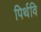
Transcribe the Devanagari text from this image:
पिर्थवि